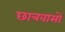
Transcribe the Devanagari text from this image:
छात्रवासों